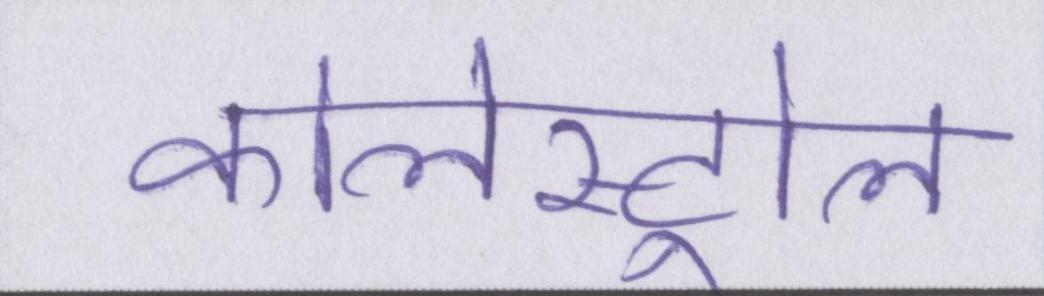
कोलेस्ट्रोल